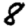
Digit: 8